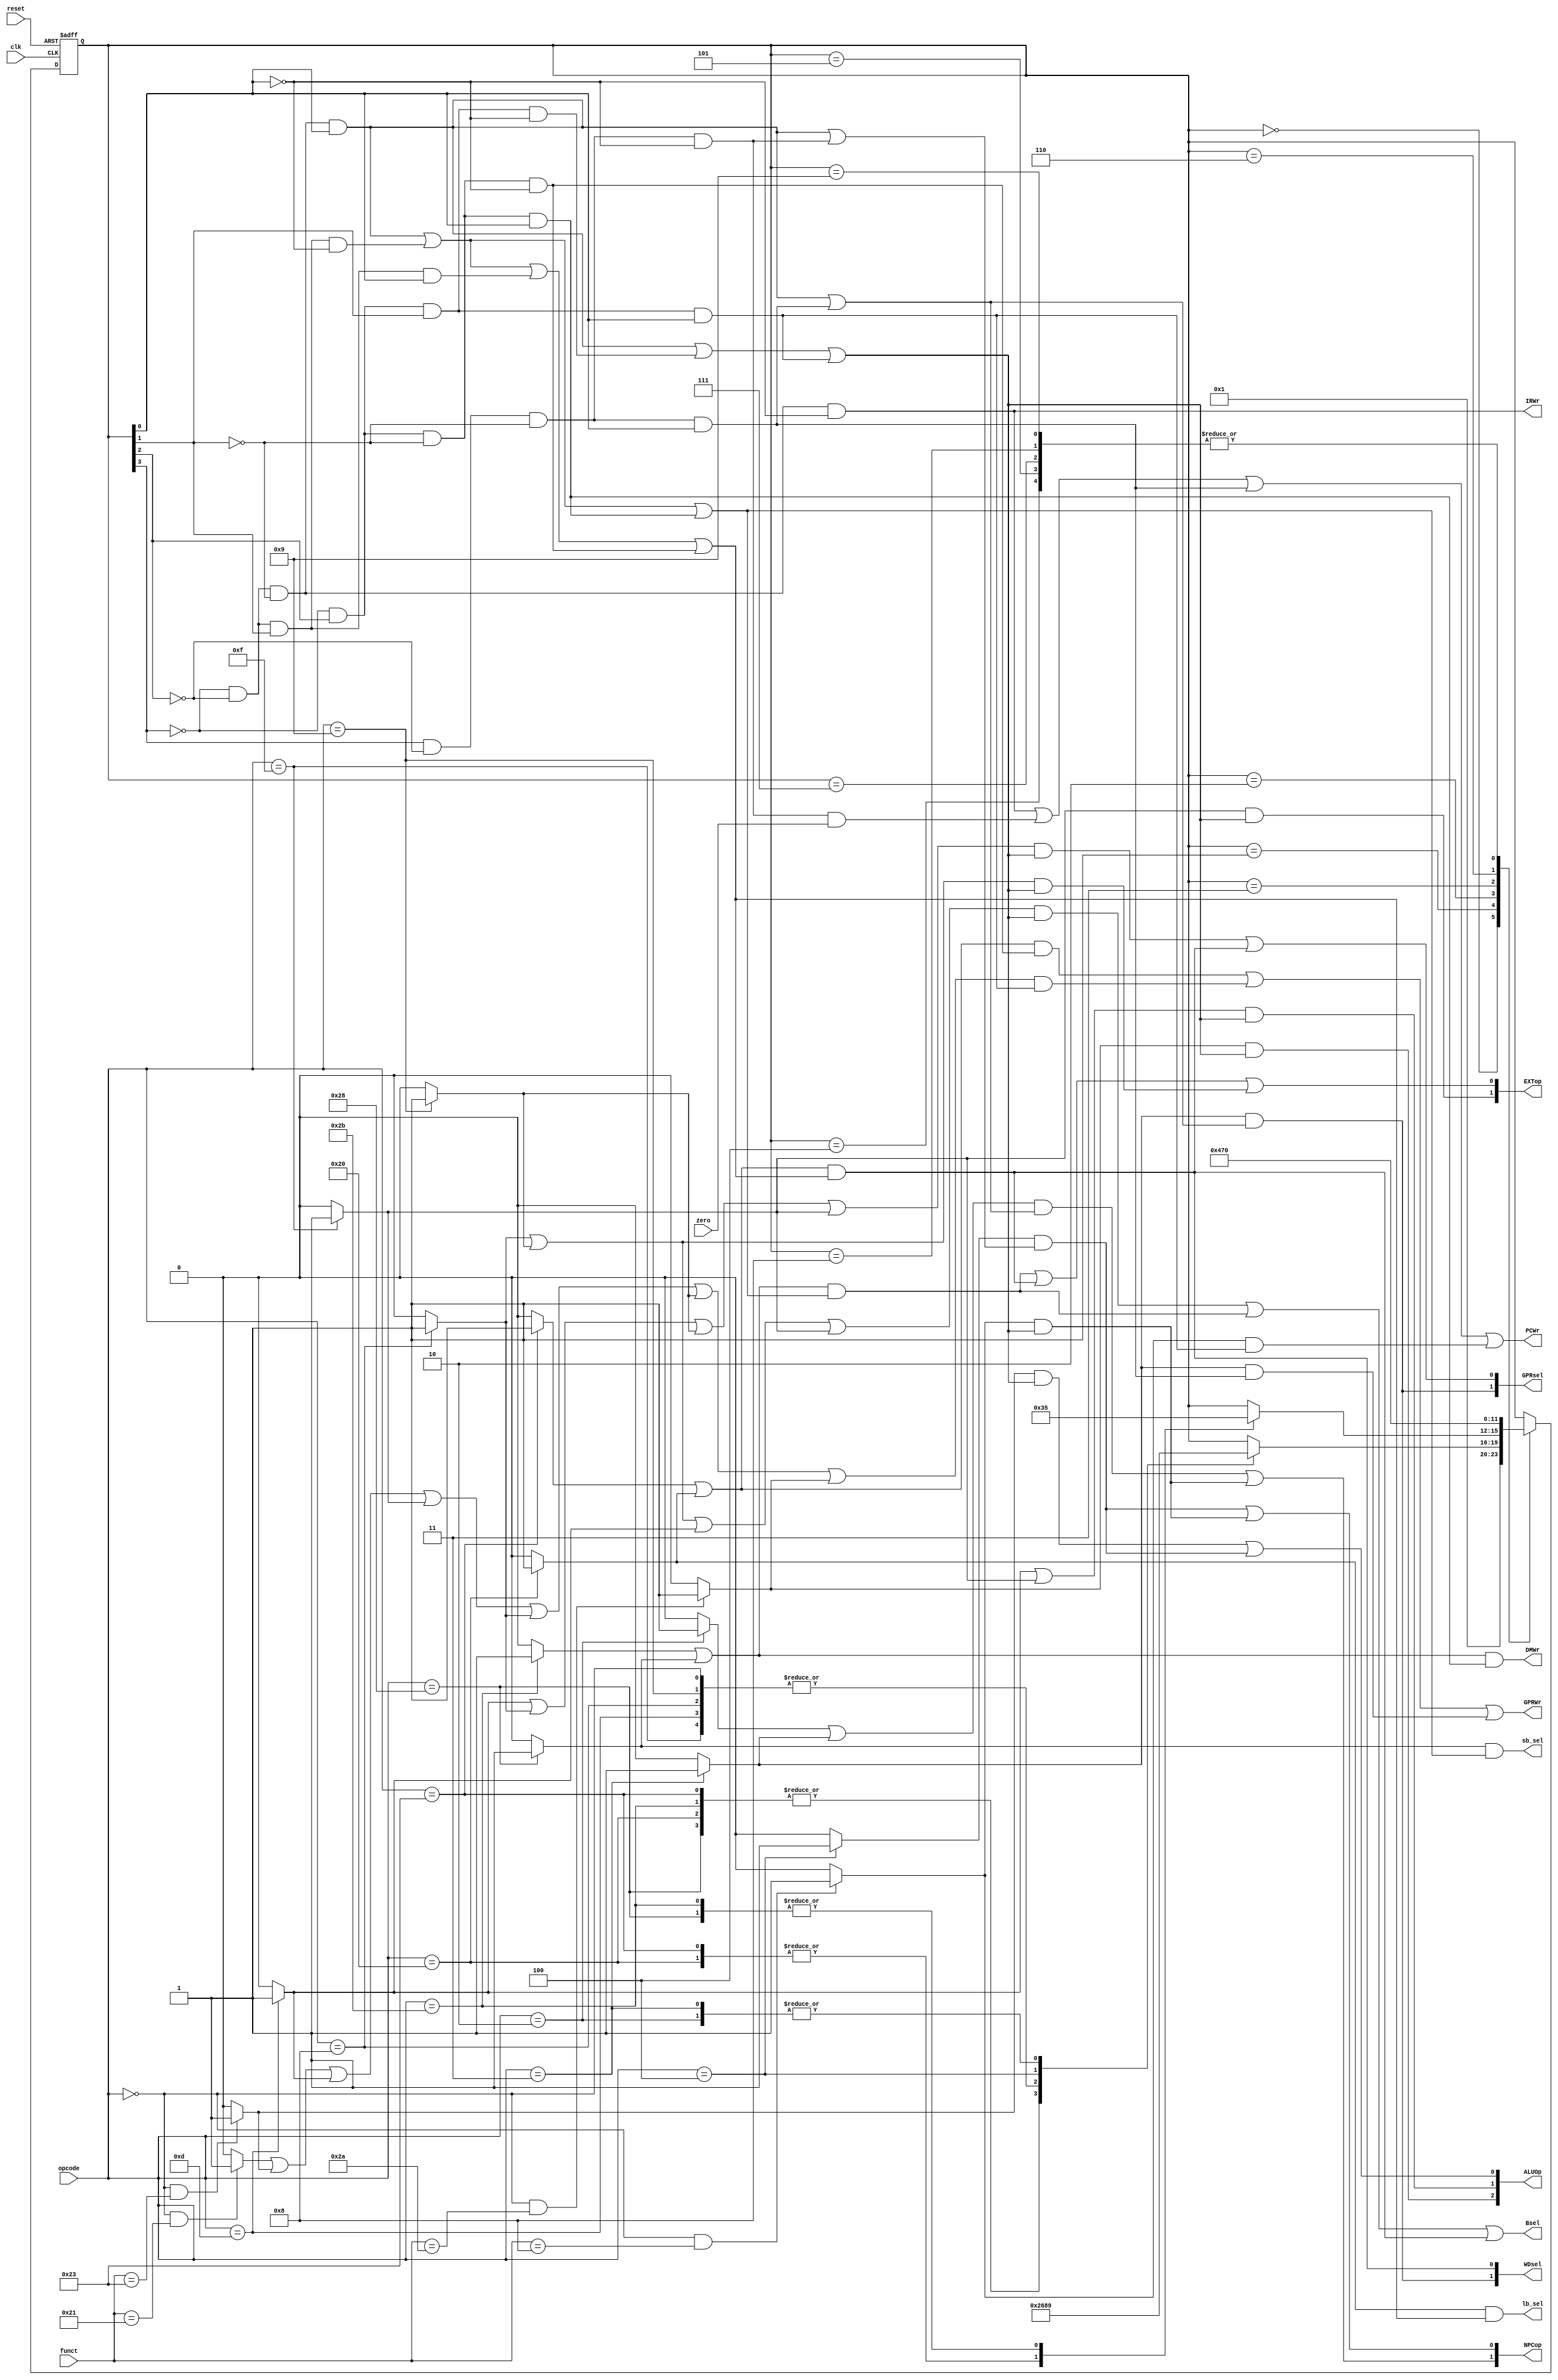
module controller(clk,reset,opcode,funct,PCWr,IRWr,GPRWr,DMWr,Bsel,EXTop,ALUOp,NPCop,WDsel,GPRsel,zero,sb_sel,lb_sel);
    input clk,reset,zero;
    input [5:0]opcode,funct;
    output PCWr,IRWr,GPRWr,DMWr,Bsel,sb_sel,lb_sel;
    output [1:0] EXTop,NPCop,WDsel,GPRsel;
    output [2:0]ALUOp;
    reg [3:0]FSM;
    wire addu,subu,ori,lw,sw,beq,j,lui,addi,addiu,slt,jal,jr,sb,lb;
    wire t0,t1,t2,t3,t4,t5,t6,t7,t8,t9;
    parameter s0=4'b0000,s1=4'b0001,s2=4'b0010,s3=4'b0011,s4=4'b0100,s5=4'b0101,s6=4'b0110,s7=4'b0111,s8=4'b1000,s9=4'b1001;

    assign addu=(opcode==6'b000000&&funct==6'b100001)?1:0;
    assign subu=(opcode==6'b000000&&funct==6'b100011)?1:0;
    assign slt =(opcode==6'b000000&&funct==6'b101010)?1:0;
    assign jr = (opcode==6'b000000&&funct==6'b001000)?1:0;
    assign addiu=(opcode==6'b001001)?1:0;
    assign addi=(opcode==6'b001000)?1:0;
    assign ori=(opcode==6'b001101)?1:0;
    assign beq=(opcode==6'b000100)?1:0;
    assign lui=(opcode==6'b001111)?1:0;
    assign jal=(opcode==6'b000011)?1:0;
    assign lw=(opcode==6'b100011)?1:0;  
    assign sw=(opcode==6'b101011)?1:0;
    assign lb=(opcode==6'b100000)?1:0;
    assign sb=(opcode==6'b101000)?1:0;
    assign j=(opcode==6'b000010)?1:0;

    always @(posedge clk or posedge reset) begin
        if(reset) 
            FSM<=s0;
        
        else begin
            case(FSM)
                s0:
                    FSM<=s1;
                s1:
                case(opcode)
                    6'b100011:
                        FSM<=s2;//lw
                    6'b100000:
                        FSM<=s2;//lb
                    6'b101000:
                        FSM<=s2;//sb
                    6'b101011:
                        FSM<=s2;//sw
                    6'b000000:
                        FSM<=s6;//addu|subu|slt|jr
                    6'b001101:
                        FSM<=s6;//ori
                    6'b001111:
                        FSM<=s6;//lui
                    6'b001000:
                        FSM<=s6;//addi
                    6'b001001:
                        FSM<=s6;//addiu
                    6'b000100:
                        FSM<=s8;//beq
                    6'b000010:
                        FSM<=s9;//j
                    6'b000011:
                        FSM<=s9;//jal
                endcase
                //MA
                s2:
                case(opcode)
                    6'b100011:
                        FSM<=s3;//lw
                    6'b100000:
                        FSM<=s3;//lb
                    6'b101000:
                        FSM<=s5;//sb
                    6'b101011:
                        FSM<=s5;//sw
                endcase
                //MR
                s3:
                    FSM<=s4;//lw|lb
                //Memwrite
                s4:
                    FSM<=s0;//lw|lb
                //Memwrite
                s5:
                    FSM<=s0;//sw|sb
                //Exe
                s6:
                    FSM<=s7;//addu|subu|slt|jr|ori|lui|addi|addiu
                //AluWrite
                s7:
                    FSM<=s0;//addu|subu|slt|jr|ori|lui|addi|addiu
                //Branch
                s8:
                    FSM<=s0;//beq
                //Jmp
                s9:
                    FSM<=s0;//j|jal
            endcase
        end
    end
	//s0-s9
    assign t0=(~FSM[3])&&(~FSM[2])&&(~FSM[1])&&(~FSM[0]); // fetch 
    assign t1=(~FSM[3])&&(~FSM[2])&&(~FSM[1])&&( FSM[0]); // DCD/RF 
    assign t2=(~FSM[3])&&(~FSM[2])&&( FSM[1])&&(~FSM[0]); // MA 
    assign t3=(~FSM[3])&&(~FSM[2])&&( FSM[1])&&( FSM[0]); // MR 
    assign t4=(~FSM[3])&&( FSM[2])&&(~FSM[1])&&(~FSM[0]); // MemWR 
    assign t5=(~FSM[3])&&( FSM[2])&&(~FSM[1])&&( FSM[0]); // MW 
    assign t6=(~FSM[3])&&( FSM[2])&&( FSM[1])&&(~FSM[0]); // Exe 
    assign t7=(~FSM[3])&&( FSM[2])&&( FSM[1])&&( FSM[0]); // AluWB 
    assign t8=( FSM[3])&&(~FSM[2])&&(~FSM[1])&&(~FSM[0]); // Branch 
    assign t9=( FSM[3])&&(~FSM[2])&&(~FSM[1])&&( FSM[0]); // Jmp 

	//
    assign PCWr=t0||(t8&&zero)||t9||(jr&&t7);
    assign IRWr=t0;
    assign GPRWr=((lw||lb)&&t4)||((addu||subu||ori||lui||addi||addiu||slt)&&t7)||(jal&&t9);
    assign DMWr=(sw||sb)&&t5;
    assign EXTop[0]=((sw||sb)&&(t1||t2||t5))||((lw||lb)&&(t1||t2||t3||t4))||((addi||addiu)&&(t1||t6||t7));
    assign EXTop[1]=(lui&&(t1||t6||t7));
    assign Bsel=((addi||addiu||ori||lui)&&(t1||t6||t7))||((sw||sb)&&(t1||t2||t5))||((lw||lb)&&(t1||t2||t3||t4));
    assign ALUOp[0]=(subu&&(t1||t6||t7))||(beq&&(t1||t8));
    assign ALUOp[1]=((ori||lui)&&(t1||t6||t7));
    assign ALUOp[2]=(slt&&(t1||t6||t7));
    assign WDsel[0]=((lw||lb)&&(t1||t2||t3||t4));
    assign WDsel[1]=(jal&&(t1||t9));
    assign GPRsel[0]=((ori||addi||addiu||lui)&&(t1||t6||t7))||((lw||lb)&&(t1||t2||t3||t4));
    assign GPRsel[1]=(jal&&(t1||t9));
    assign NPCop[0]=(beq&&(t1||t8))||(jr&&(t1||t6||t7));
    assign NPCop[1]=((j||jal)&&(t1||t9))||(jr&&(t1||t6||t7));
    assign lb_sel=(lb&&(t1||t2||t3||t4));
    assign sb_sel=(sb&&(t1||t2||t5));

endmodule